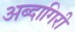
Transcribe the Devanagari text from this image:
अब्दागिरी